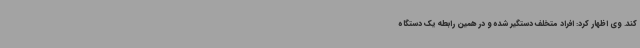
کند. وی اظهار کرد: افراد متخلف دستگیر شده و در همین رابطه یک دستگاه